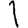
Digit: 1